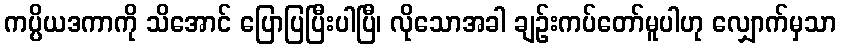
ကပ္ပိယဒကာကို သိအောင် ပြောပြပြီးပါပြီ၊ လိုသောအခါ ချဉ်းကပ်တော်မူပါဟု လျှောက်မှသာ